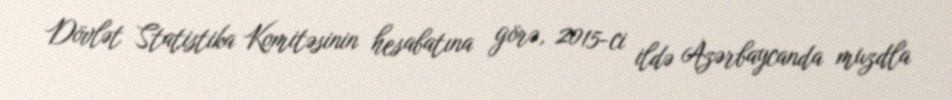
Dövlət Statistika Komitəsinin hesabatına görə, 2015-ci ildə Azərbaycanda muzdla